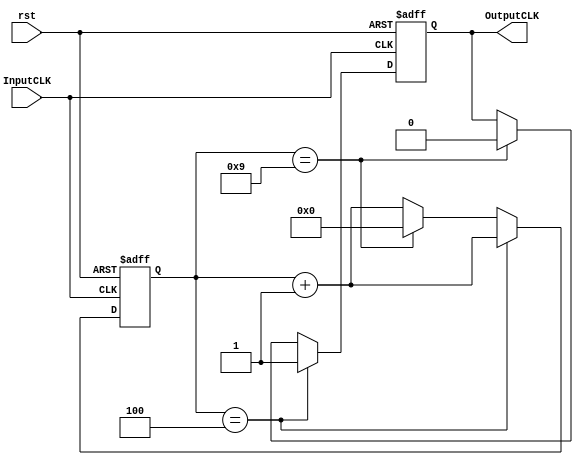

module FrequencyDivider #(parameter divider=10, parameter bitsNumber=4)(
	input   wire InputCLK,
    input   wire rst,
	output  reg  OutputCLK
	);
    reg [bitsNumber-1:0] count;
    
    //Inicializacion
    initial begin count=0; OutputCLK=0; end

    //Logica Secuencial
    always@(posedge InputCLK , posedge rst) begin
        if (rst == 1'b1) begin
            count <= 0;
            OutputCLK <= 0;
        end else if (count == divider/2 -1) begin
            count <= count+1;
            OutputCLK <= 1;
        end else if(count == divider-1) begin
            count <= 0;
            OutputCLK <= 0;
        end else begin
            count <= count+1;  
        end  
    end
    
endmodule